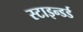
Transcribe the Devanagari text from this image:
स्टाइन्डर्ड